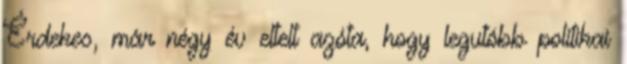
Érdekes, már négy év eltelt azóta, hogy legutóbb politikai